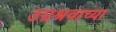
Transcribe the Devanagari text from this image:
उग्रश्रवाच्या